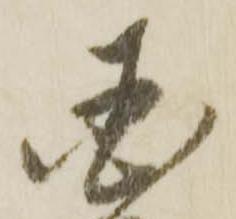
国